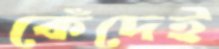
কেঁদেই